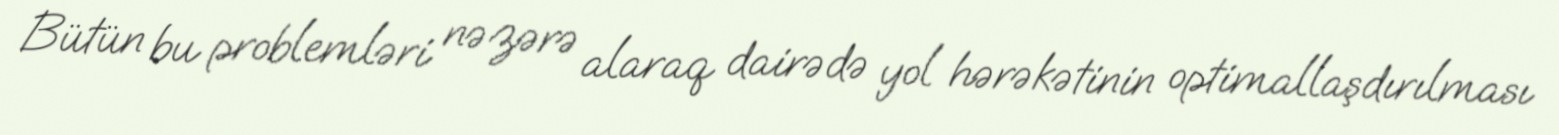
Bütün bu problemləri nəzərə alaraq dairədə yol hərəkətinin optimallaşdırılması